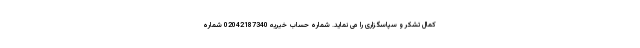
کمال تشکر و سپاسگزاری را می نماید. شماره حساب خیریه 02042187340 شماره